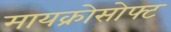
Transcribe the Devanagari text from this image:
मायक्रोसोफ्ट